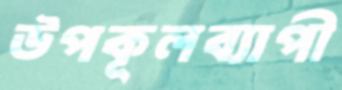
উপকূলব্যাপী